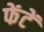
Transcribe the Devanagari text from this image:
फेंटें